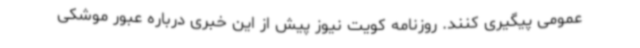
عمومی پیگیری کنند. روزنامه کویت نیوز پیش از این خبری درباره عبور موشکی